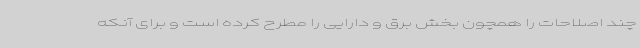
چند اصلاحات را همچون بخش برق و دارایی را مطرح کرده است و برای آنکه